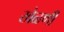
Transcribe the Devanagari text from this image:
खेळणीं